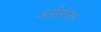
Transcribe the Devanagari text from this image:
अग्रीगेटर